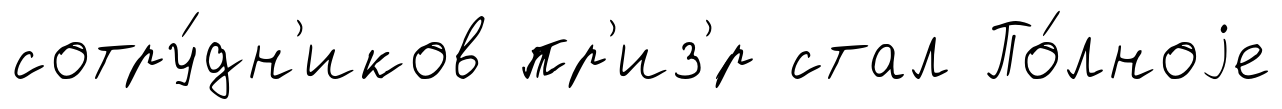
сотру́дн'иков пр'из'́р стал По́лноjе